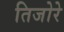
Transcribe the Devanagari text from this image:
तिजोरे